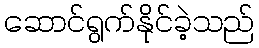
ဆောင်ရွက်နိုင်ခဲ့သည်